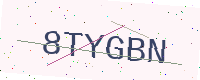
Text: 8TYGBN